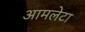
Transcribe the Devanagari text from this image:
आमलेटा